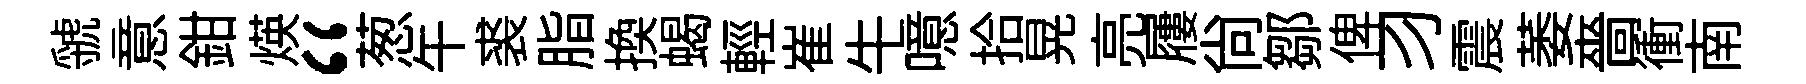
虢意鉗煐“葱午裘脂換蝎輕崔牛噫拾晃亮屨尙鄒俾习震萎嗇衝南